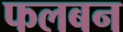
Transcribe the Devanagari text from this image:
फलबन